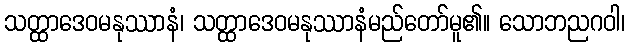
သတ္ထာဒေဝမနုဿာနံ၊ သတ္ထာဒေဝမနုဿာနံမည်တော်မူ၏။ သောဘညဂဝါ၊